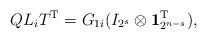
LaTeX: \begin{align*} QL_iT^{\mathrm{T}}=G_{1i}( I_{2^{s}}\otimes\textbf{1}^{\mathrm{T}}_{2^{n-s}}),\end{align*}